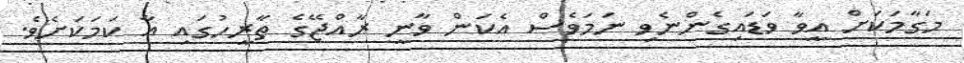
މަގާމަކަށް އީވާ ވަޑައިގެންނެވި ނަމަވެސް އެކަން ވާނީ ރާއްޖޭގެ ތާރީހުގައި އާ ކަމަކަށެވެ.